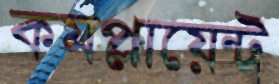
কমপ্লায়েন্ট